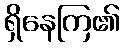
ရှိနေကြ၏